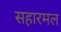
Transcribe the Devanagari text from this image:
सहारमल